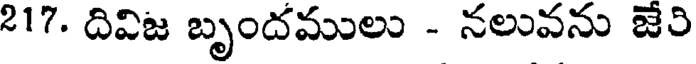
217. దివిజ బృందములు - నలువను జేరి